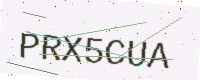
Text: PRX5CUA